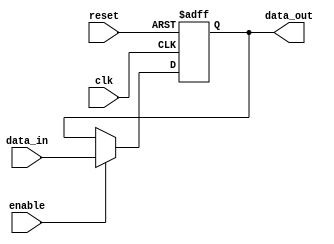
`timescale 1ns / 1ps
//////////////////////////////////////////////////////////////////////////////////
// Company: 
// 
// Design Name: 
// Module Name:    register 
// Project Name: 
// Target Devices: 
// Tool versions: 
// Description: 
//
// Dependencies: 
//
// Revision: 
// Revision 0.01 - File Created
// Additional Comments: 
//
//////////////////////////////////////////////////////////////////////////////////
module register #(
    parameter WIDTH = 16,
    parameter DEFAULT = {WIDTH{1'b0}}
    ) (
    input enable,
    input reset,
    input clk,
    input [WIDTH-1:0] data_in,
    output reg [WIDTH-1:0] data_out = DEFAULT
    );

  always @(posedge clk or posedge reset)
    if (reset)
      data_out <= DEFAULT;
    else if (enable)
      data_out <= data_in;

endmodule